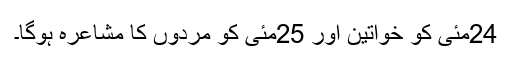
24مئی کو خواتین اور 25مئی کو مردوں کا مشاعرہ ہوگا۔